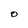
Character: O